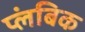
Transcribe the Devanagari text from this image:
प्लंबिक